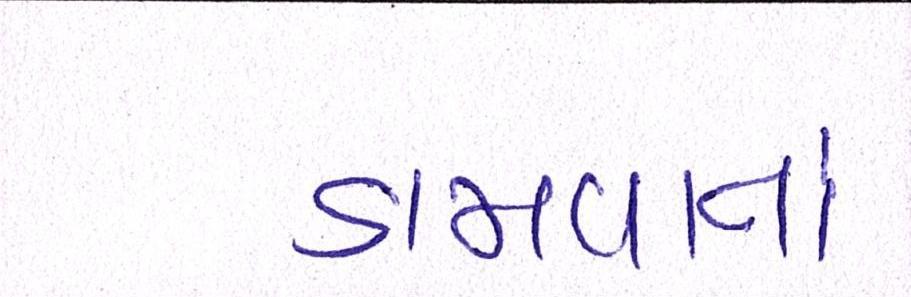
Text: ડામવામાં